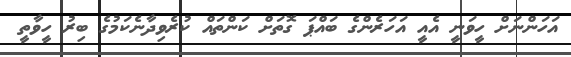
އަހަންނަށް ހީވަނީ އެއީ އަހަރެންގެ ބައްޕަ ގޮތަށް ކަންތައް ކުރެވިދާނެކަމުގެ ބިރު ހީވާތީ